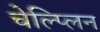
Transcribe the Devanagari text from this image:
चेल्प्लिन